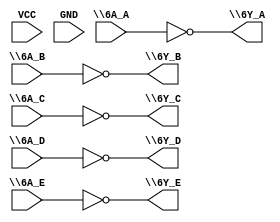
// This program was cloned from: https://github.com/steveicarus/ivtest
// License: GNU General Public License v2.0

module part2 (
\6A_A ,
\6Y_A ,
VCC ,
GND ,
\6A_B ,
\6Y_B ,
\6A_C ,
\6Y_C ,
\6A_D ,
\6Y_D ,
\6A_E ,
// note: there is not a space character before the nl below
// no space character after nl also
\6Y_E
) ;

input \6A_A ;
output \6Y_A ;
input VCC ;
input GND ;
input \6A_B ;
output \6Y_B ;
input \6A_C ;
output \6Y_C ;
input \6A_D ;
output \6Y_D ;
input \6A_E ;
output \6Y_E ;

assign \6Y_A  = ~\6A_A ;
assign \6Y_B  = ~\6A_B ;
assign \6Y_C  = ~\6A_C ;
assign \6Y_D  = ~\6A_D ;
assign \6Y_E  = ~\6A_E ;

endmodule